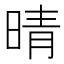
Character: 晴